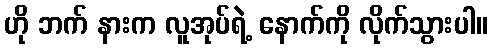
ဟို ဘက် နားက လူအုပ်ရဲ့ နောက်ကို လိုက်သွားပါ။